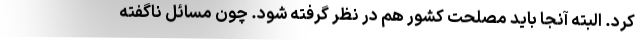
کرد. البته آنجا باید مصلحت کشور هم در نظر گرفته شود. چون مسائل ناگفته